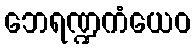
ဘေရဏ္ဍကံယေဝ